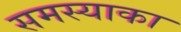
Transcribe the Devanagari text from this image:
समस्याका